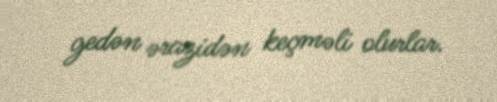
gedən ərazidən keçməli olurlar.